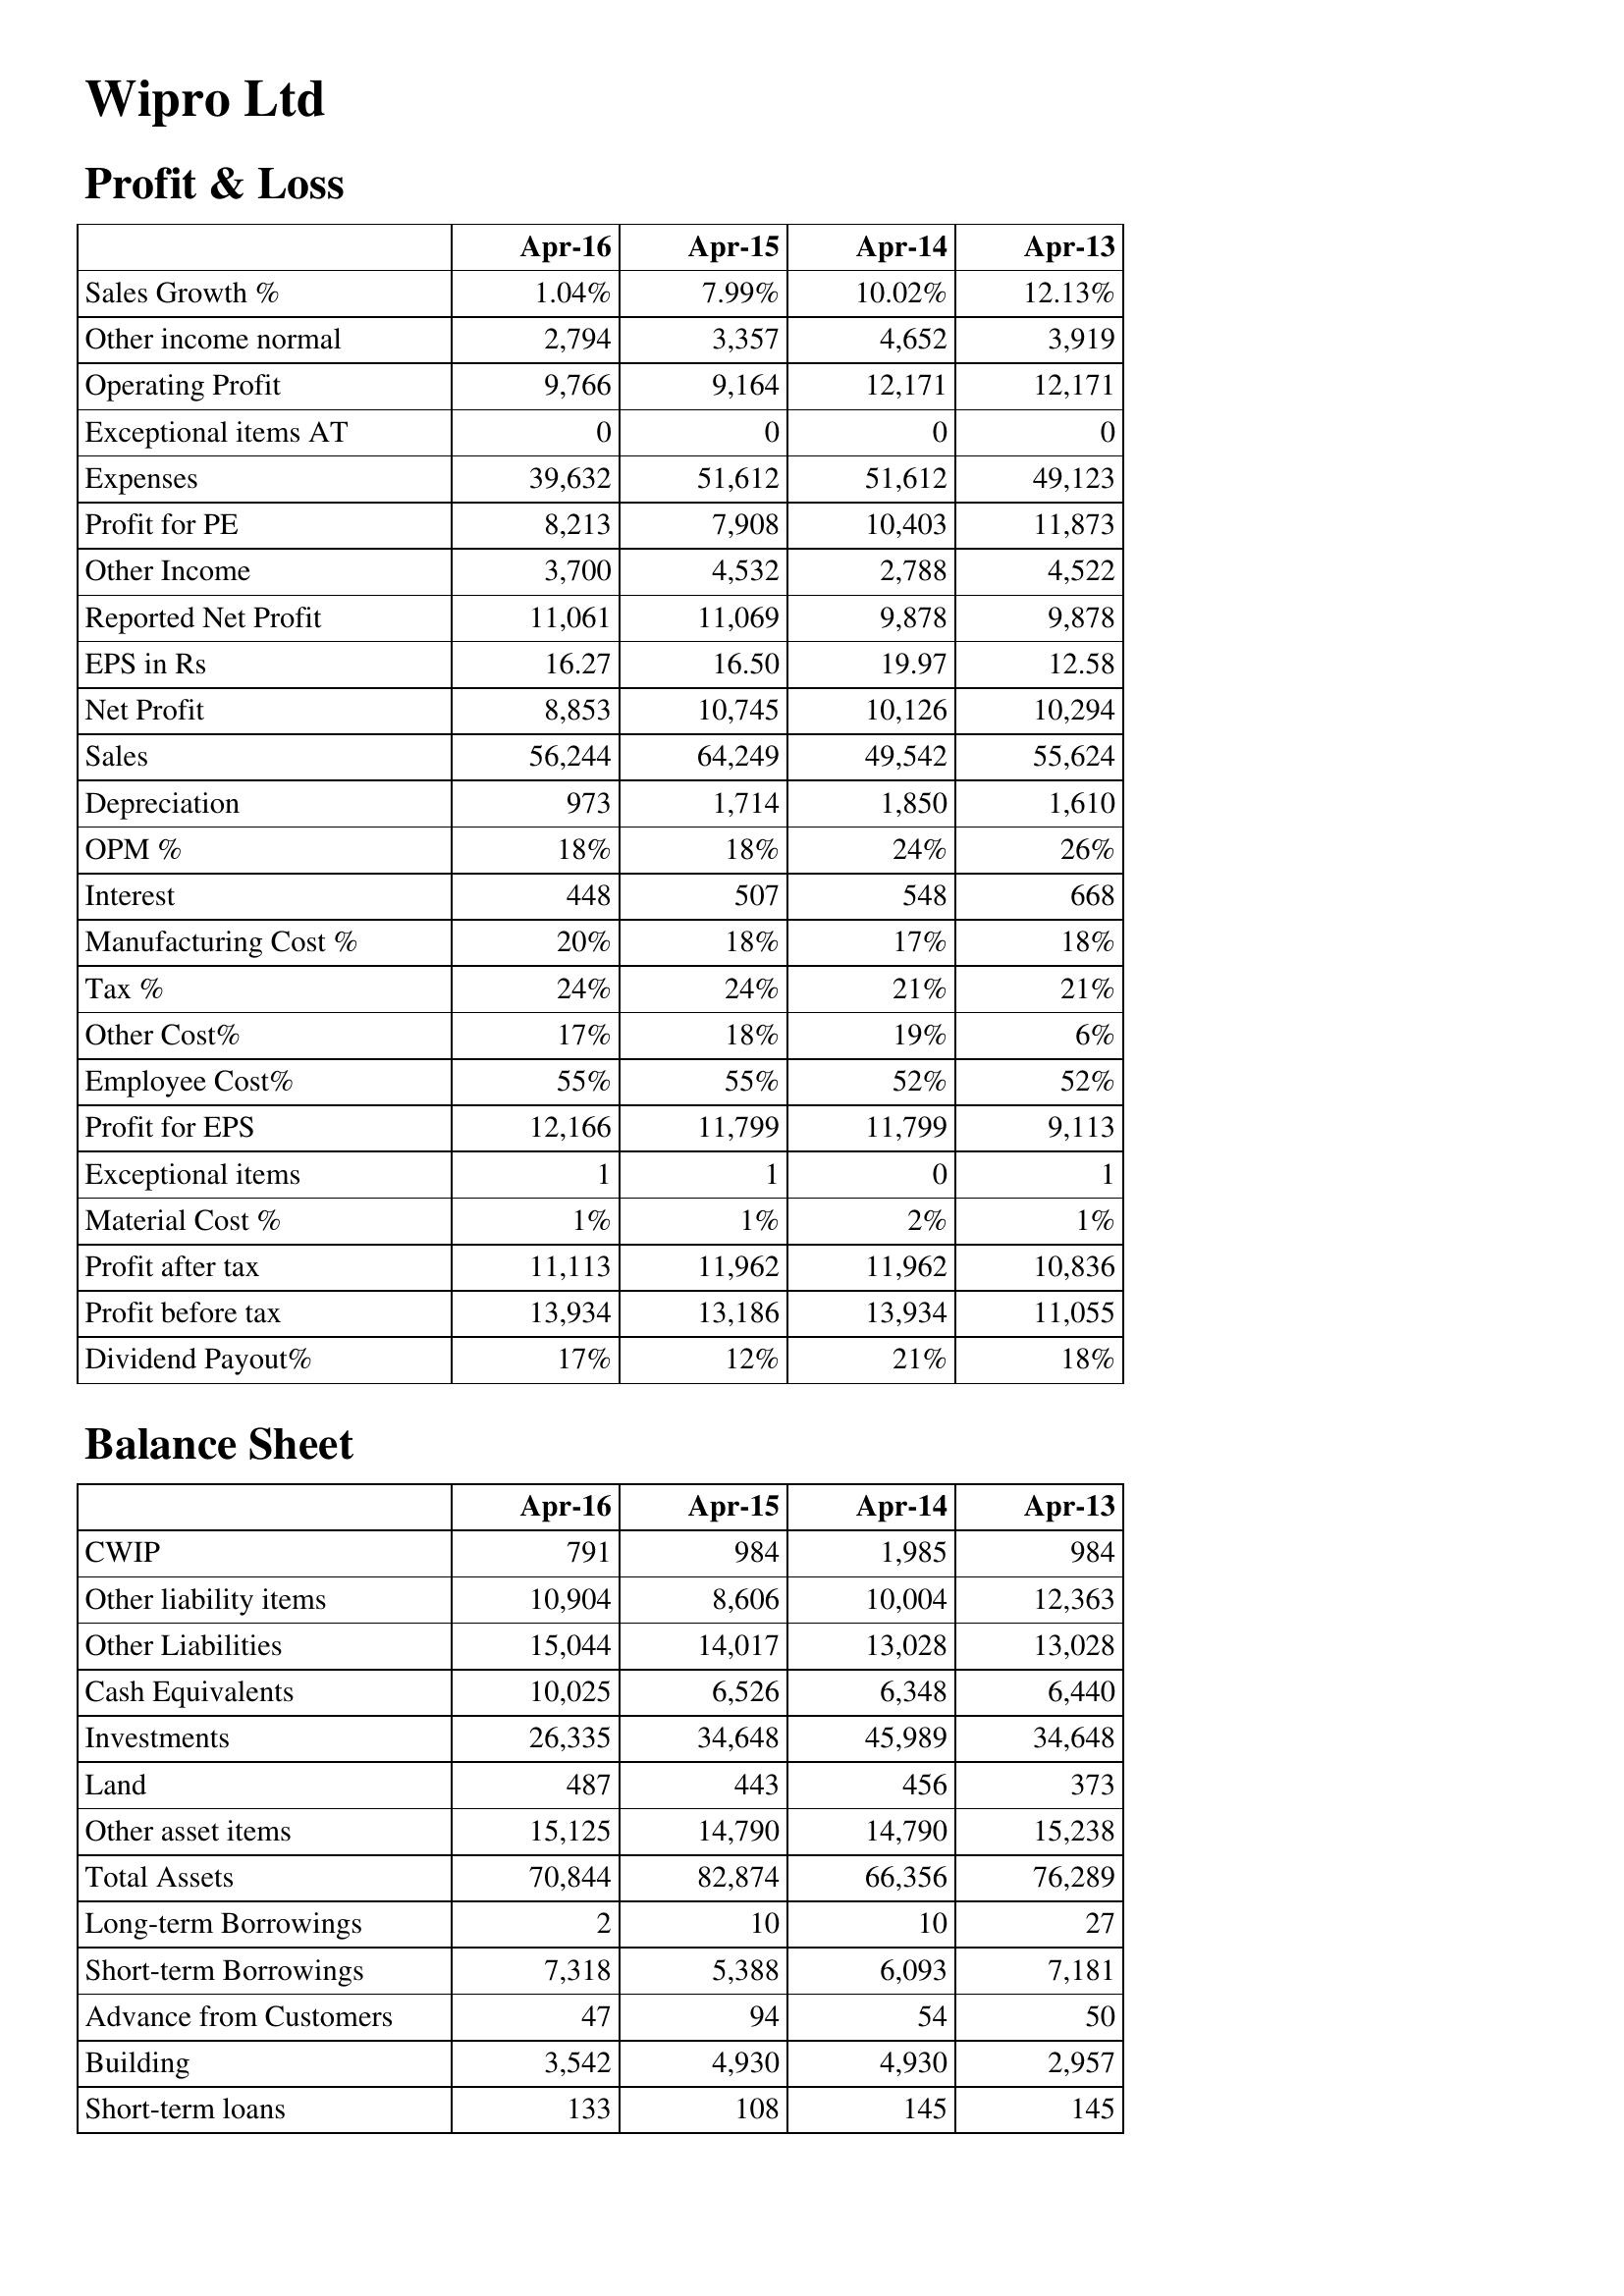
Apr-16: Profit & Loss: Sales Growth %: 1.04%
Other income normal: 2,794
Operating Profit: 9,766
Exceptional items AT: 0
Expenses: 39,632
Profit for PE: 8,213
Other Income: 3,700
Reported Net Profit: 11,061
EPS in Rs: 16.27
Net Profit: 8,853
Sales: 56,244
Depreciation: 973
OPM %: 18%
Interest: 448
Manufacturing Cost %: 20%
Tax %: 24%
Other Cost%: 17%
Employee Cost%: 55%
Profit for EPS: 12,166
Exceptional items: 1
Material Cost %: 1%
Profit after tax: 11,113
Profit before tax: 13,934
Dividend Payout%: 17%
Balance Sheet: CWIP: 791
Other liability items: 10,904
Other Liabilities: 15,044
Cash Equivalents: 10,025
Investments: 26,335
Land: 487
Other asset items: 15,125
Total Assets: 70,844
Long-term Borrowings: 2
Short-term Borrowings: 7,318
Advance from Customers: 47
Building: 3,542
Short-term loans: 133
Apr-15: Profit & Loss: Sales Growth %: 7.99%
Other income normal: 3,357
Operating Profit: 9,164
Exceptional items AT: 0
Expenses: 51,612
Profit for PE: 7,908
Other Income: 4,532
Reported Net Profit: 11,069
EPS in Rs: 16.50
Net Profit: 10,745
Sales: 64,249
Depreciation: 1,714
OPM %: 18%
Interest: 507
Manufacturing Cost %: 18%
Tax %: 24%
Other Cost%: 18%
Employee Cost%: 55%
Profit for EPS: 11,799
Exceptional items: 1
Material Cost %: 1%
Profit after tax: 11,962
Profit before tax: 13,186
Dividend Payout%: 12%
Balance Sheet: CWIP: 984
Other liability items: 8,606
Other Liabilities: 14,017
Cash Equivalents: 6,526
Investments: 34,648
Land: 443
Other asset items: 14,790
Total Assets: 82,874
Long-term Borrowings: 10
Short-term Borrowings: 5,388
Advance from Customers: 94
Building: 4,930
Short-term loans: 108
Apr-14: Profit & Loss: Sales Growth %: 10.02%
Other income normal: 4,652
Operating Profit: 12,171
Exceptional items AT: 0
Expenses: 51,612
Profit for PE: 10,403
Other Income: 2,788
Reported Net Profit: 9,878
EPS in Rs: 19.97
Net Profit: 10,126
Sales: 49,542
Depreciation: 1,850
OPM %: 24%
Interest: 548
Manufacturing Cost %: 17%
Tax %: 21%
Other Cost%: 19%
Employee Cost%: 52%
Profit for EPS: 11,799
Exceptional items: 0
Material Cost %: 2%
Profit after tax: 11,962
Profit before tax: 13,934
Dividend Payout%: 21%
Balance Sheet: CWIP: 1,985
Other liability items: 10,004
Other Liabilities: 13,028
Cash Equivalents: 6,348
Investments: 45,989
Land: 456
Other asset items: 14,790
Total Assets: 66,356
Long-term Borrowings: 10
Short-term Borrowings: 6,093
Advance from Customers: 54
Building: 4,930
Short-term loans: 145
Apr-13: Profit & Loss: Sales Growth %: 12.13%
Other income normal: 3,919
Operating Profit: 12,171
Exceptional items AT: 0
Expenses: 49,123
Profit for PE: 11,873
Other Income: 4,522
Reported Net Profit: 9,878
EPS in Rs: 12.58
Net Profit: 10,294
Sales: 55,624
Depreciation: 1,610
OPM %: 26%
Interest: 668
Manufacturing Cost %: 18%
Tax %: 21%
Other Cost%: 6%
Employee Cost%: 52%
Profit for EPS: 9,113
Exceptional items: 1
Material Cost %: 1%
Profit after tax: 10,836
Profit before tax: 11,055
Dividend Payout%: 18%
Balance Sheet: CWIP: 984
Other liability items: 12,363
Other Liabilities: 13,028
Cash Equivalents: 6,440
Investments: 34,648
Land: 373
Other asset items: 15,238
Total Assets: 76,289
Long-term Borrowings: 27
Short-term Borrowings: 7,181
Advance from Customers: 50
Building: 2,957
Short-term loans: 145